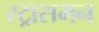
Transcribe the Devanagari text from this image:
स्ट्रासमन